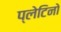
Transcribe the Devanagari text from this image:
प्लेटिनो